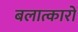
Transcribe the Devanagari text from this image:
बलात्कारों